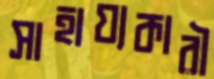
সাহায্যকারী